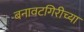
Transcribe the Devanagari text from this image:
बनावटगिरीच्या